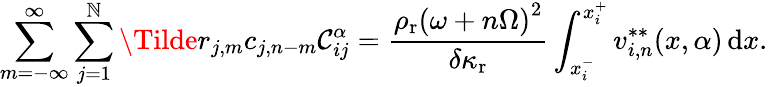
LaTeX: \sum_{m=-\infty}^{\infty}\sum_{j=1}^{\mathbb{N}}\Tilde{r}_{j,m}c_{j,n-m}\mathcal{C}_{ij}^{\alpha}=\frac{{\rho_{\mathrm{{r}}}\left(\omega+n\Omega\right)^{2}}}{{\delta\kappa_{\mathrm{{r}}}}}\int_{x_{i}^{-}}^{x_{i}^{+}}v_{i,n}^{**}(x,\alpha)\, \mathrm{{d}}x.